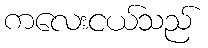
ကလေးငယ်သည်